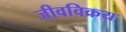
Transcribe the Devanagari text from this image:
जीवविक्रय